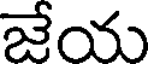
జేయ